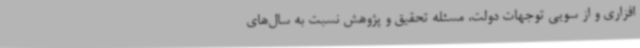
افزاری و از سویی توجهات دولت، مسئله تحقیق و پژوهش نسبت به سال‌های